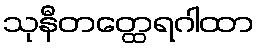
သုနီတတ္ထေရဂါထာ